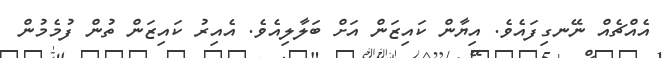
އެއްޗެއް ނޭނގިފައެވެ. އިޔާން ކައިޒަން އަށް ބަލާލިއެވެ. އެއިރު ކައިޒަން ތުން ފުމެމުން